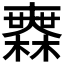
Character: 𣞤